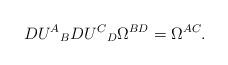
LaTeX: \begin{align*}{DU^A}_B {DU^C}_D \Omega^{BD}=\Omega^{AC}.\end{align*}